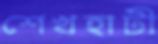
শেখহাটী